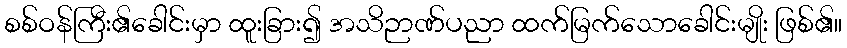
စစ်ဝန်ကြီး၏ခေါင်းမှာ ထူးခြား၍ အသိဉာဏ်ပညာ ထက်မြက်သောခေါင်းမျိုး ဖြစ်၏။